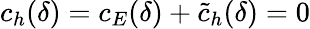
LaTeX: c_{h}(\delta)=c_{E}(\delta)+\tilde{c}_{h}(\delta)=0